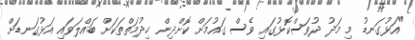
"އަޅުގަނޑު މި މަދު ދުވަސްކޮޅުގައި ވެސް ގައުމަށް ކޮށްދިން ހިދުމަތްތަކަށް ބައްލަވައި އަޅުގަނޑަށް